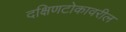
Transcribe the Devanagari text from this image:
दक्षिणटोकावरील